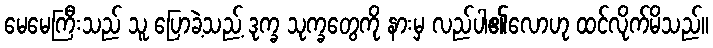
မေမေကြီးသည် သူ ပြောခဲ့သည့် ဒုက္ခ သုက္ခတွေကို နားမှ လည်ပါ၏လောဟု ထင်လိုက်မိသည်။